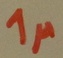
Text: 1µ